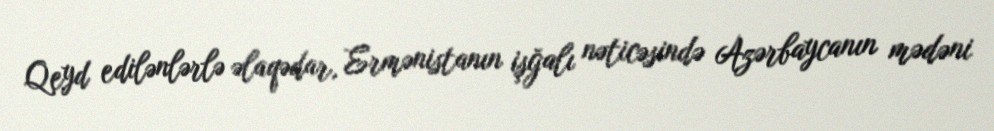
Qeyd edilənlərlə əlaqədar, Ermənistanın işğalı nəticəsində Azərbaycanın mədəni